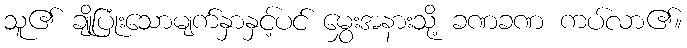
သူ၏ ချိုပြုံးသောမျက်နှာနှင့်ပင် မွှေးအနားသို့ ခဏခဏ ကပ်လာ၏။